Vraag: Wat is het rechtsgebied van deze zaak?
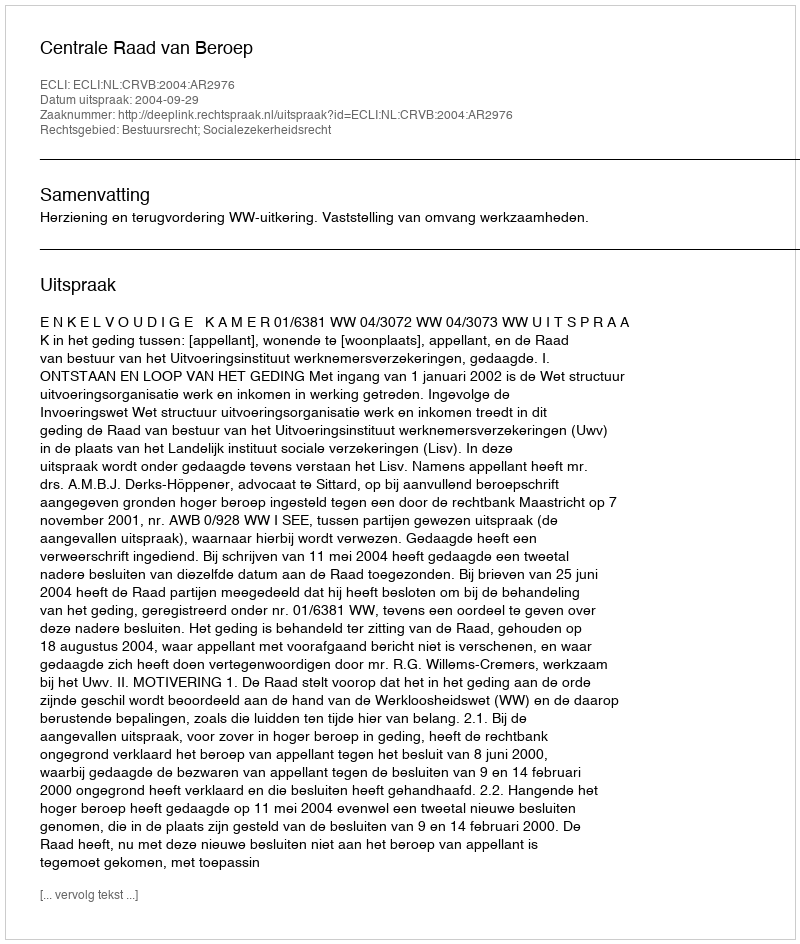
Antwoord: Bestuursrecht; Socialezekerheidsrecht